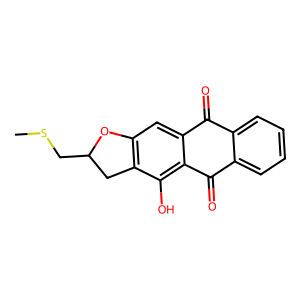
SMILES: CSCC1Cc2c(cc3c(c2O)C(=O)c2ccccc2C3=O)O1
Inhibits HIV replication: No